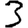
Digit: 3